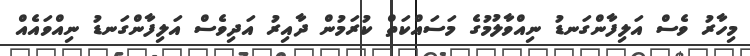
މިހާރު ވެސް އަލިފާންގަނޑު ނިއްވާލުމުގެ މަސައްކަތް ކުރަމުން ދާއިރު އަދިވެސް އަލިފާންގަނޑު ނިއްވައެއް